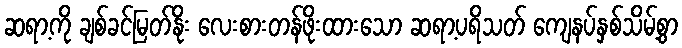
ဆရာ့ကို ချစ်ခင်မြတ်နိုး လေးစားတန်ဖိုးထားသော ဆရာ့ပရိသတ် ကျေနပ်နှစ်သိမ့်စွာ